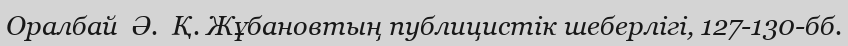
Оралбай  Ә.  Қ. Жұбановтың публицистік шеберлігі, 127-130-бб.